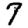
Digit: 7